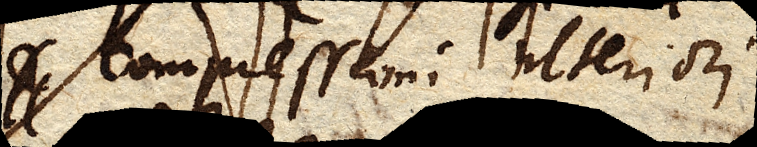
compressioni ulteriori